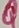
Text: Q